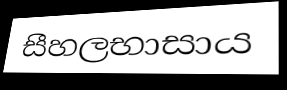
සීහලභාසාය